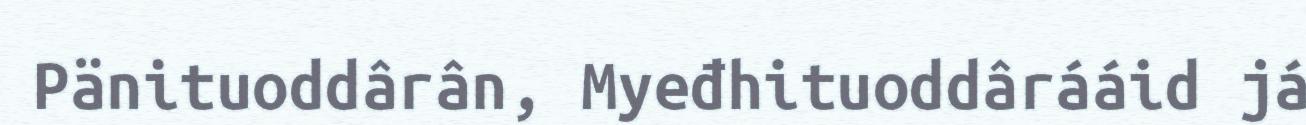
Pänituoddârân, Myeđhituoddârááid já